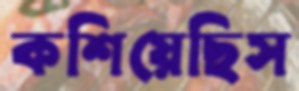
কশিয়েছিস